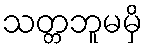
သတ္တဘူမမှိ